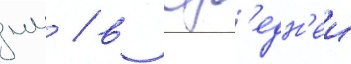
мм / в ср'едн'еи